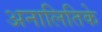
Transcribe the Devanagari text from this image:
अनालितिके